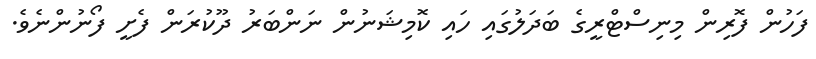
ފަހުން ފޮރިން މިނިސްޓްރީގެ ބަދަލުގައި ހައި ކޮމިޝަނުން ނަންބަރު ދޫކުރަން ފެށީ ފޯނުންނެވެ.